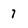
Character: 7